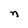
Character: n